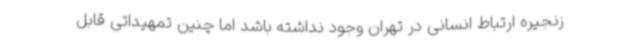
زنجیره ارتباط انسانی در تهران وجود نداشته باشد اما چنین تمهیداتی قابل